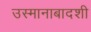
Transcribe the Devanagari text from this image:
उस्मानाबादशी